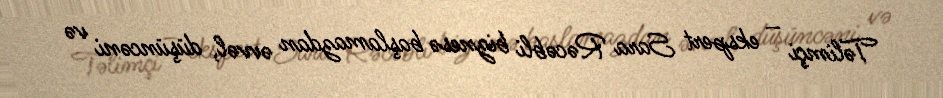
Təlimçi – ekspert Sara Rəcəbli biznesə başlamazdan əvvəl, düşüncəni və